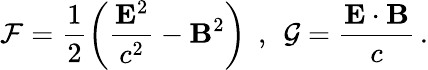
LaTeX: \mathcal{F}=\frac{1}{2}\left(\frac{{\mathbf E}^{2}}{c^{2}}-{\mathbf B}^{2}\right)\, \; ,\, \; \mathcal{G}=\frac{{\mathbf E}\cdot{\mathbf B}}{c}\, .